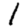
Digit: 1